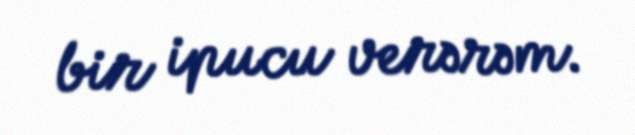
bir ipucu verərəm.